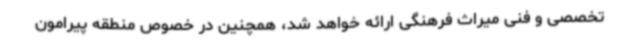
تخصصی و فنی میراث فرهنگی ارائه خواهد شد، همچنین در خصوص منطقه پیرامون